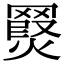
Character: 𮊖